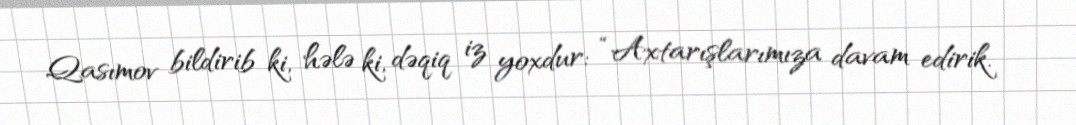
Qasımov bildirib ki, hələ ki, dəqiq iz yoxdur: “Axtarışlarımıza davam edirik.